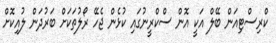
ކްރިސްޓިއަން ބޭލް އަކީ އޮން ސްކްރީނުގައި ކުޅެން ޖެހޭ ރޯލުތަކަށް ބަރުދަން ލުއިކޮށް